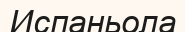
Испаньола